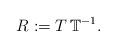
LaTeX: \begin{align*}R:= T \, \mathbb{T}^{-1}.\end{align*}